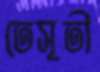
তেসূতী